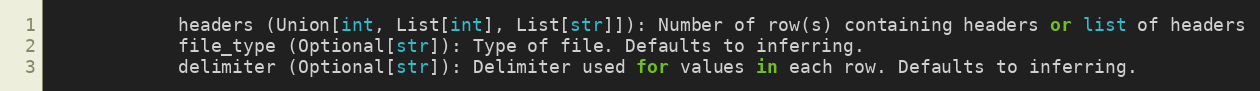
Language: Python
            headers (Union[int, List[int], List[str]]): Number of row(s) containing headers or list of headers
            file_type (Optional[str]): Type of file. Defaults to inferring.
            delimiter (Optional[str]): Delimiter used for values in each row. Defaults to inferring.